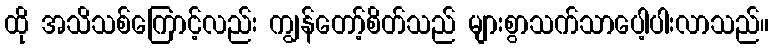
ထို အသိသစ်ကြောင့်လည်း ကျွန်တော့်စိတ်သည် များစွာသက်သာပေါ့ပါးလာသည်။